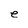
Character: e